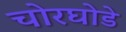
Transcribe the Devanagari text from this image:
चोरघोडे